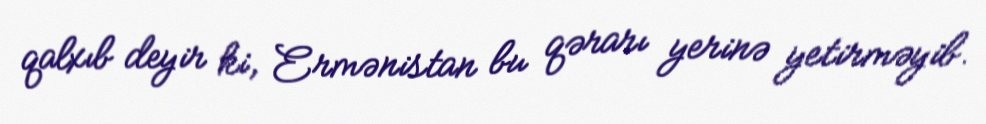
qalxıb deyir ki, Ermənistan bu qərarı yerinə yetirməyib.